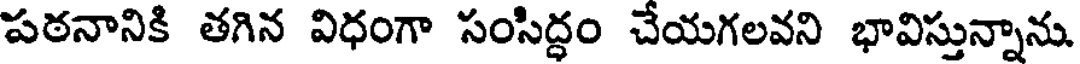
పఠనానికి తగిన విధంగా సంసిద్ధం చేయగలవని భావిస్తున్నాను